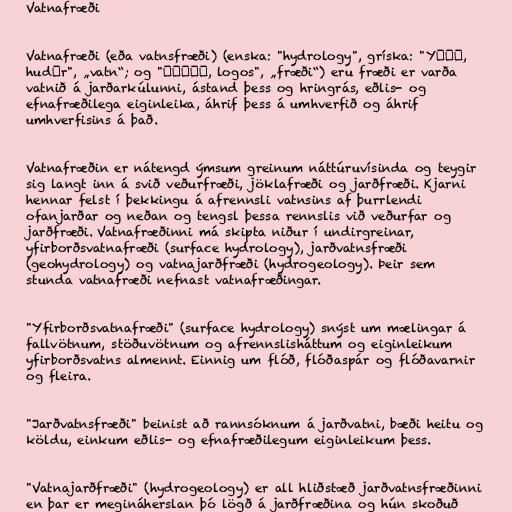
Vatnafræði

Vatnafræði (eða vatnsfræði) (enska: "hydrology", gríska: "Yδωρ,
hudōr", „vatn“; og "λόγος, logos", „fræði“) eru fræði er varða
vatnið á jarðarkúlunni, ástand þess og hringrás, eðlis- og
efnafræðilega eiginleika, áhrif þess á umhverfið og áhrif
umhverfisins á það.

Vatnafræðin er nátengd ýmsum greinum náttúruvísinda og teygir
sig langt inn á svið veðurfræði, jöklafræði og jarðfræði. Kjarni
hennar felst í þekkingu á afrennsli vatnsins af þurrlendi
ofanjarðar og neðan og tengsl þessa rennslis við veðurfar og
jarðfræði. Vatnafræðinni má skipta niður í undirgreinar,
yfirborðsvatnafræði (surface hydrology), jarðvatnsfræði
(geohydrology) og vatnajarðfræði (hydrogeology). Þeir sem
stunda vatnafræði nefnast vatnafræðingar.

"Yfirborðsvatnafræði" (surface hydrology) snýst um mælingar á
fallvötnum, stöðuvötnum og afrennslisháttum og eiginleikum
yfirborðsvatns almennt. Einnig um flóð, flóðaspár og flóðavarnir
og fleira.

"Jarðvatnsfræði" beinist að rannsóknum á jarðvatni, bæði heitu og
köldu, einkum eðlis- og efnafræðilegum eiginleikum þess.

"Vatnajarðfræði" (hydrogeology) er all hliðstæð jarðvatnsfræðinni
en þar er megináherslan þó lögð á jarðfræðina og hún skoðuð